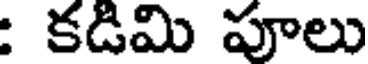
: కడిమి పూలు